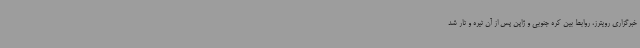
خبرگزاری رویترز، روابط بین کره جنوبی و ژاپن پس از آن تیره و تار شد